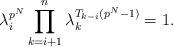
LaTeX: \begin{align*}\lambda_i^{p^N} \prod_{k=i+1}^n \lambda_k^{T_{k-i}(p^N-1)} = 1.\end{align*}